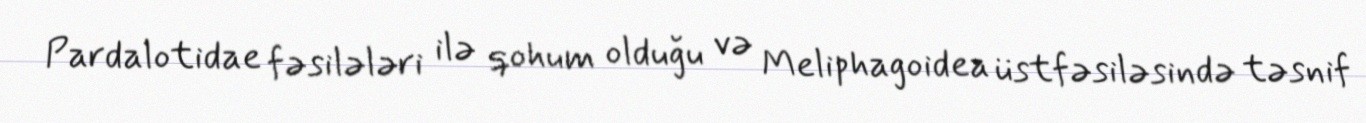
Pardalotidae fəsilələri ilə qohum olduğu və Meliphagoidea üstfəsiləsində təsnif